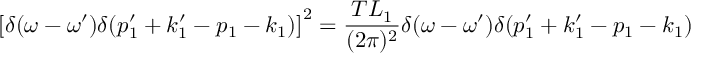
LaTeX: \left[ \delta ( \omega - \omega ^ { \prime } ) \delta ( p _ { 1 } ^ { \prime } + k _ { 1 } ^ { \prime } - p _ { 1 } - k _ { 1 } ) \right] ^ { 2 } = { \frac { T L _ { 1 } } { ( 2 \pi ) ^ { 2 } } } \delta ( \omega - \omega ^ { \prime } ) \delta ( p _ { 1 } ^ { \prime } + k _ { 1 } ^ { \prime } - p _ { 1 } - k _ { 1 } )